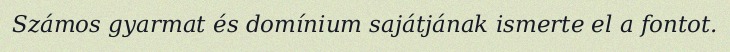
Számos gyarmat és domínium sajátjának ismerte el a fontot.